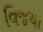
વિજયા